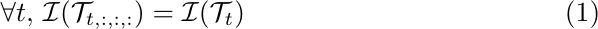
\begin{equation}
    \forall t, \, \mathcal{I}(\mathcal{T}_{t,:,:,:}) = \mathcal{I}(\mathcal{T}_{t})
\end{equation}